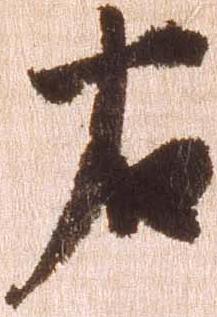
右